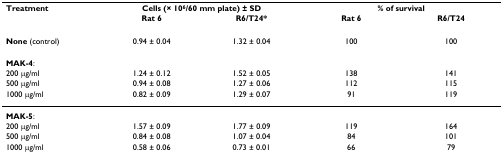
<table><thead><tr><td><b>Treatment</b></td><td colspan="2"><b>Cells (× 10<sup>6</sup>/60 mm plate) ± SD</b></td><td colspan="2"><b>% of survival</b></td></tr><tr><td></td><td><b>Rat 6</b></td><td><b>R6/T24*</b></td><td><b>Rat 6</b></td><td><b>R6/T24</b></td></tr></thead><tbody><tr><td><b>None </b>(control)</td><td>0.94 ± 0.04</td><td>1.32 ± 0.04</td><td>100</td><td>100</td></tr><tr><td><b>MAK-4</b>:</td><td></td><td></td><td></td><td></td></tr><tr><td>200 μg/ml</td><td>1.24 ± 0.12</td><td>1.52 ± 0.05</td><td>138</td><td>141</td></tr><tr><td>500 μg/ml</td><td>0.94 ± 0.08</td><td>1.27 ± 0.06</td><td>112</td><td>115</td></tr><tr><td>1000 μg/ml</td><td>0.82 ± 0.09</td><td>1.29 ± 0.07</td><td>91</td><td>119</td></tr><tr><td><b>MAK-5</b>:</td><td></td><td></td><td></td><td></td></tr><tr><td>200 μg/ml</td><td>1.57 ± 0.09</td><td>1.77 ± 0.09</td><td>119</td><td>164</td></tr><tr><td>500 μg/ml</td><td>0.84 ± 0.08</td><td>1.07 ± 0.04</td><td>84</td><td>101</td></tr><tr><td>1000 μg/ml</td><td>0.58 ± 0.06</td><td>0.73 ± 0.01</td><td>66</td><td>79</td></tr></tbody></table>